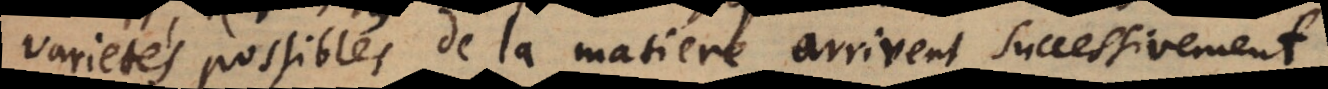
varietés possibles de la matiere arrivent successivement